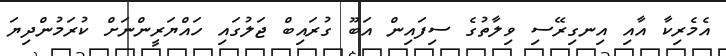
އެމެރިކާ އާއި އިނގިރޭސި ވިލާތުގެ ސިފައިން އަބޫ ގުރައިބް ޖަލުގައި ހައްޔަރީންނަށް ކުރަމުންދިޔަ